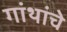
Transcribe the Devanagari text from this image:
गांथांचे